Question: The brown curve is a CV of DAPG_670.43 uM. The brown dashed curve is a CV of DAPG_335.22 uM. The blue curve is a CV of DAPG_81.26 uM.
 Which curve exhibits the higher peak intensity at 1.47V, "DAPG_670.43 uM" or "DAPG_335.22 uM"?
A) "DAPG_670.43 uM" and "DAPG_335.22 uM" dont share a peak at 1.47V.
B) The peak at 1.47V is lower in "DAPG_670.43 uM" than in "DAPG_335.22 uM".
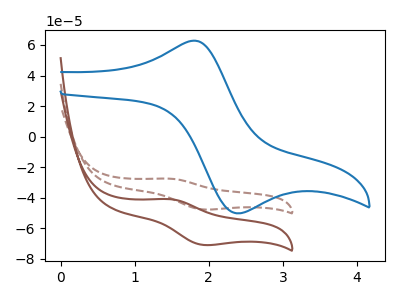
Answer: <think>The brown curve "DAPG_670.43 uM" has an anodic peak at (1.45V, -40.95uA) and a cathodic peak at (1.95V, -70.95uA). The brown dashed curve "DAPG_335.22 uM" has an anodic peak at (1.45V, -27.55uA) and a cathodic peak at (1.95V, -47.70uA). The blue curve "DAPG_81.26 uM" has an anodic peak at (1.80V, 62.75uA) and a cathodic peak at (2.45V, -50.15uA).</think>
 <answer>B) The peak at 1.47V is lower in "DAPG_670.43 uM" than in "DAPG_335.22 uM".</answer>
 <eval>B</eval>